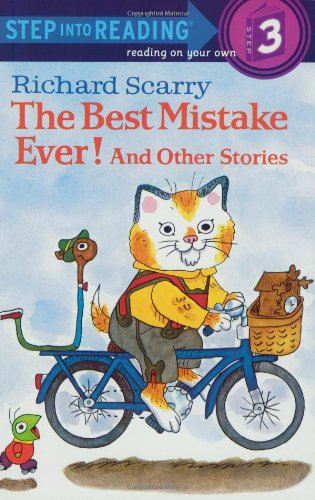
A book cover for Richard Scarry's The Best Mistake Ever! and Other Stories (Step into Reading); Richard Scarry; Children's Books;